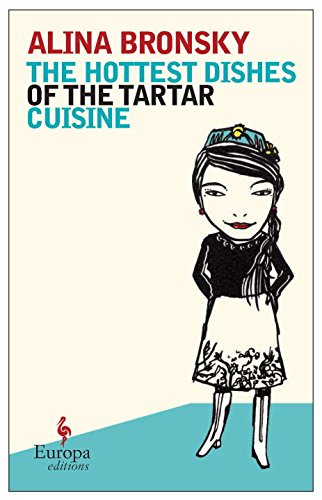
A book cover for The Hottest Dishes of the Tartar Cuisine; Alina Bronsky; Literature & Fiction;